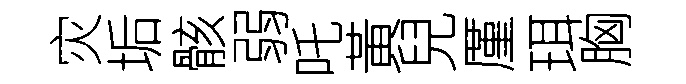
灾垢骸弱吒黃兒厪珥胸